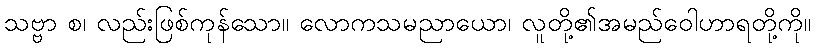
သဗ္ဗာ စ၊ လည်းဖြစ်ကုန်သော။ လောကသမညာယော၊ လူတို့၏အမည်ဝေါဟာရတို့ကို။